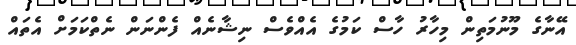
އޭނާގެ މޫނުމަތިން މިހާރު ހާސް ކަމުގެ އެއްވެސް ނިޝާނެއް ފެންނަން ނެތްކަމަށް އެތައް